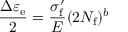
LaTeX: { \frac { \Delta \varepsilon _ { \mathrm { e } } } { 2 } } = { \frac { \sigma _ { \mathrm { f } } ^ { \prime } } { E } } ( 2 N _ { \mathrm { f } } ) ^ { b }